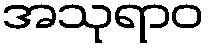
အသုရာဝ